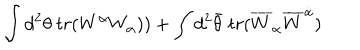
\int d ^ { 2 } \theta ~ t r ( W ^ { \alpha } W _ { \alpha } ) ) + \int d ^ { 2 } \bar { \theta } ~ t r ( \overline { { { W } } } _ { \dot { \alpha } } \overline { { { W } } } ^ { \dot { \alpha } } )